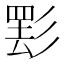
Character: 𱝤